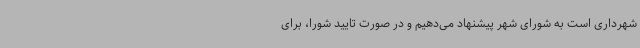
شهرداری است به شورای شهر پیشنهاد می‌دهیم و در صورت تایید شورا، برای